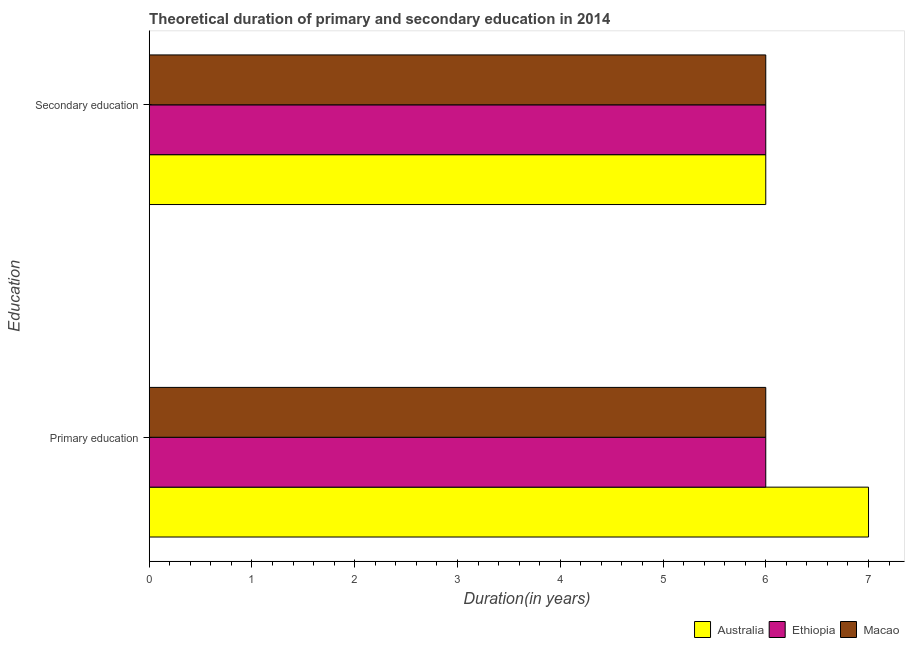
| Education | Australia | Ethiopia | Macao |
 | --- | --- | --- | --- |
 | Primary education | 7 | 6 | 6 |
 | Secondary education | 6 | 6 | 6 |